system: You are a helpful assistant.
user:
Analyze the provided spectrum to determine if it is a **White Dwarf (WD)**.

A White Dwarf spectrum is defined by its **extreme purity** (due to gravitational settling) and/or **extreme pressure broadening** (due to high surface gravity). You must check for one of the following mutually exclusive signatures:

- **Key Visual Indicators (Check for ONE of these types):**

    - **1. DA-Type Signature (Most Common):**
        - **(Primary Feature):** Extreme pressure broadening (Stark broadening) of the **Hydrogen (H) Balmer lines**.
        - **(Key Lines):** $H\beta$ (approx. $4861$ Å) and $H\gamma$ (approx. $4340$ Å). $H\alpha$ (approx. $6563$ Å) will also be present if the wavelength range covers it.
        - **(Line Profile):** This is the **defining feature**. The lines are **NOT** sharp. They appear as massive, **extremely broad and deep "troughs" or "dips"** in the spectrum, often hundreds of Ångströms wide. The continuum will appear to "scoop" down at these wavelengths.
        - **(Distinction):** Normal A-type or B-type stars have *narrow* and *sharp* Hydrogen lines. A DA White Dwarf's lines are unmistakably "smeared" or "blurry" from pressure.

    - **2. DB-Type Signature:**
        - **(Primary Feature):** Broad absorption lines from **Neutral Helium (He I)**. The spectrum must lack any visible Hydrogen lines.
        - **(Key Lines):** Look for broad absorption near $4471$ Å, $4921$ Å, and $5876$ Å.
        - **(Line Profile):** These lines are also significantly pressure-broadened, appearing much wider than they would in a normal B-type main-sequence star.

    - **3. DC-Type Signature:**
        - **(Primary Feature):** A **featureless continuous spectrum**.
        - **(Line Profile):** The spectrum is a smooth curve with **no significant absorption or emission lines**.
        - **(Key Confirmation):** The continuum is almost always **blue or white**, indicating a hot object. This signature implies the atmosphere is so pure (or so cool) that no spectral lines are visible in the optical range. Its WD identity is confirmed by its extremely low intrinsic brightness (high absolute magnitude).

    - **4. DZ-Type Signature (Metal-Polluted):**
        - **(Primary Feature):** **Isolated, narrow metal absorption lines** on an otherwise featureless (DC-like) continuum.
        - **(Key Lines):** The **Calcium (Ca II) H & K doublet** (approx. **$3934$ Å** and **$3968$ Å**) is the most common and defining feature.
        - **(Line Profile):** These lines are "out of place." They are *not* part of a "forest" of thousands of lines. This signature is evidence of recent *accretion* (pollution) from rocky debris.
        - **(Distinction):** Normal G/K/M stars have a *dense forest* of thousands of metal lines. A DZ has a *clean* continuum with *only a few* strong metal lines.

    - **5. DQ-Type Signature (Carbon-Polluted):**
        - **(Primary Feature):** Absorption bands from **Carbon (C₂ "Swan Bands" or atomic C I)**.
        - **(Key Lines - C₂):** Look for bandheads with a "saw-tooth" shape near $5635$ Å, **$5165$ Å** (strongest), and $4737$ Å.
        - **(Key Confirmation):** The underlying **continuum must be blue or white** (hot).
        - **(Distinction):** This is the critical difference from a **Carbon Star**, which has the *exact same* C₂ bands but on an extremely **red, cool** continuum.

- **(Overall Spectrum):**
    - The continuum (overall shape) is typically **blue-sloping** (brighter in the blue than the red), as most white dwarfs are very hot.
    - The spectrum will look "pure" or "simple," dominated by only *one* of the five signatures listed above.

Think first, call **spectral_visualization_tool** if needed to examine features in detail, then provide your final answer. Your response must adhere to the following strict rules:
1.  **Overall Structure:** Your response must follow the format `<think>...</think> <tool_call>...</tool_call> (if a tool is used) <answer>...</answer>`.
2.  **Tool Usage Constraint:** You may only make **one** tool call per turn.
3.  **Final Answer Format:** In the `<answer>` tag, your conclusion must be inside a `\boxed{}` command (e.g., `\boxed{YES}` or `\boxed{NO}`), followed by your justification.

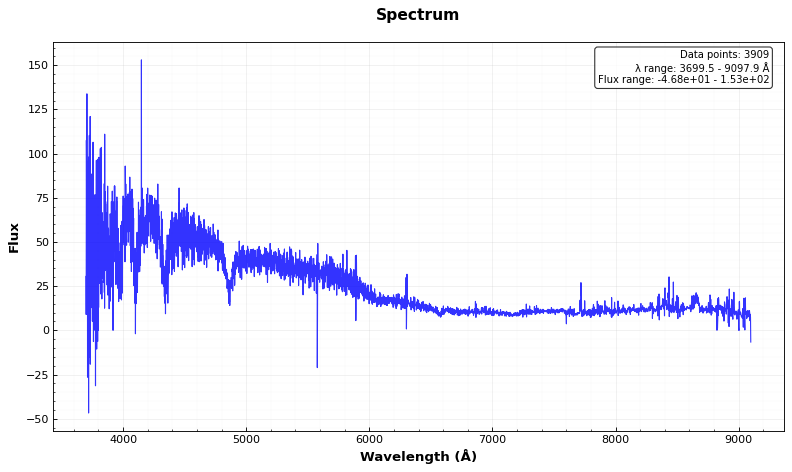
Answer: YES